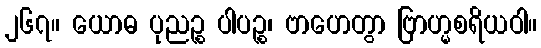
၂၆၇။ ယောဓ ပုညဉ္စ ပါပဉ္စ၊ ဗာဟေတွာ ဗြာဟ္မစရိယဝါ။